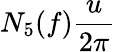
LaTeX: \displaystyle N_{5}(f)\frac{u}{2\pi}